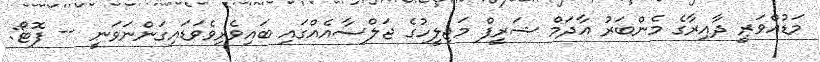
މަޑުއްވަރީ ދާއިރާގެ މެންބަރު އާދަމް ޝަރީފް މަޖިލީހުގެ ޖަލްސާއެއްގައި ބައިވެރިވެވަޑައިގަންނަވަނީ -- ފޮޓޯ: